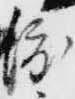
渡